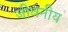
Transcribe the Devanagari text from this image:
जीवनीय